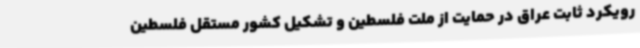
رویکرد ثابت عراق در حمایت از ملت فلسطین و تشکیل کشور مستقل فلسطین